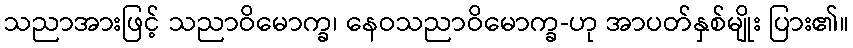
သညာအားဖြင့် သညာဝိမောက္ခ၊ နေဝသညာဝိမောက္ခ-ဟု အာပတ်နှစ်မျိုး ပြား၏။